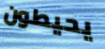
يحيطون